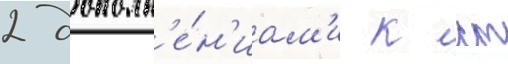
2 дополн'е́н'иам'и к ст